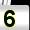
Digit: 5